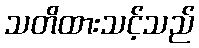
သတိထားသင့်သည်